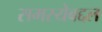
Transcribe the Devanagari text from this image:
समस्येबद्दल